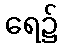
ရေ၌